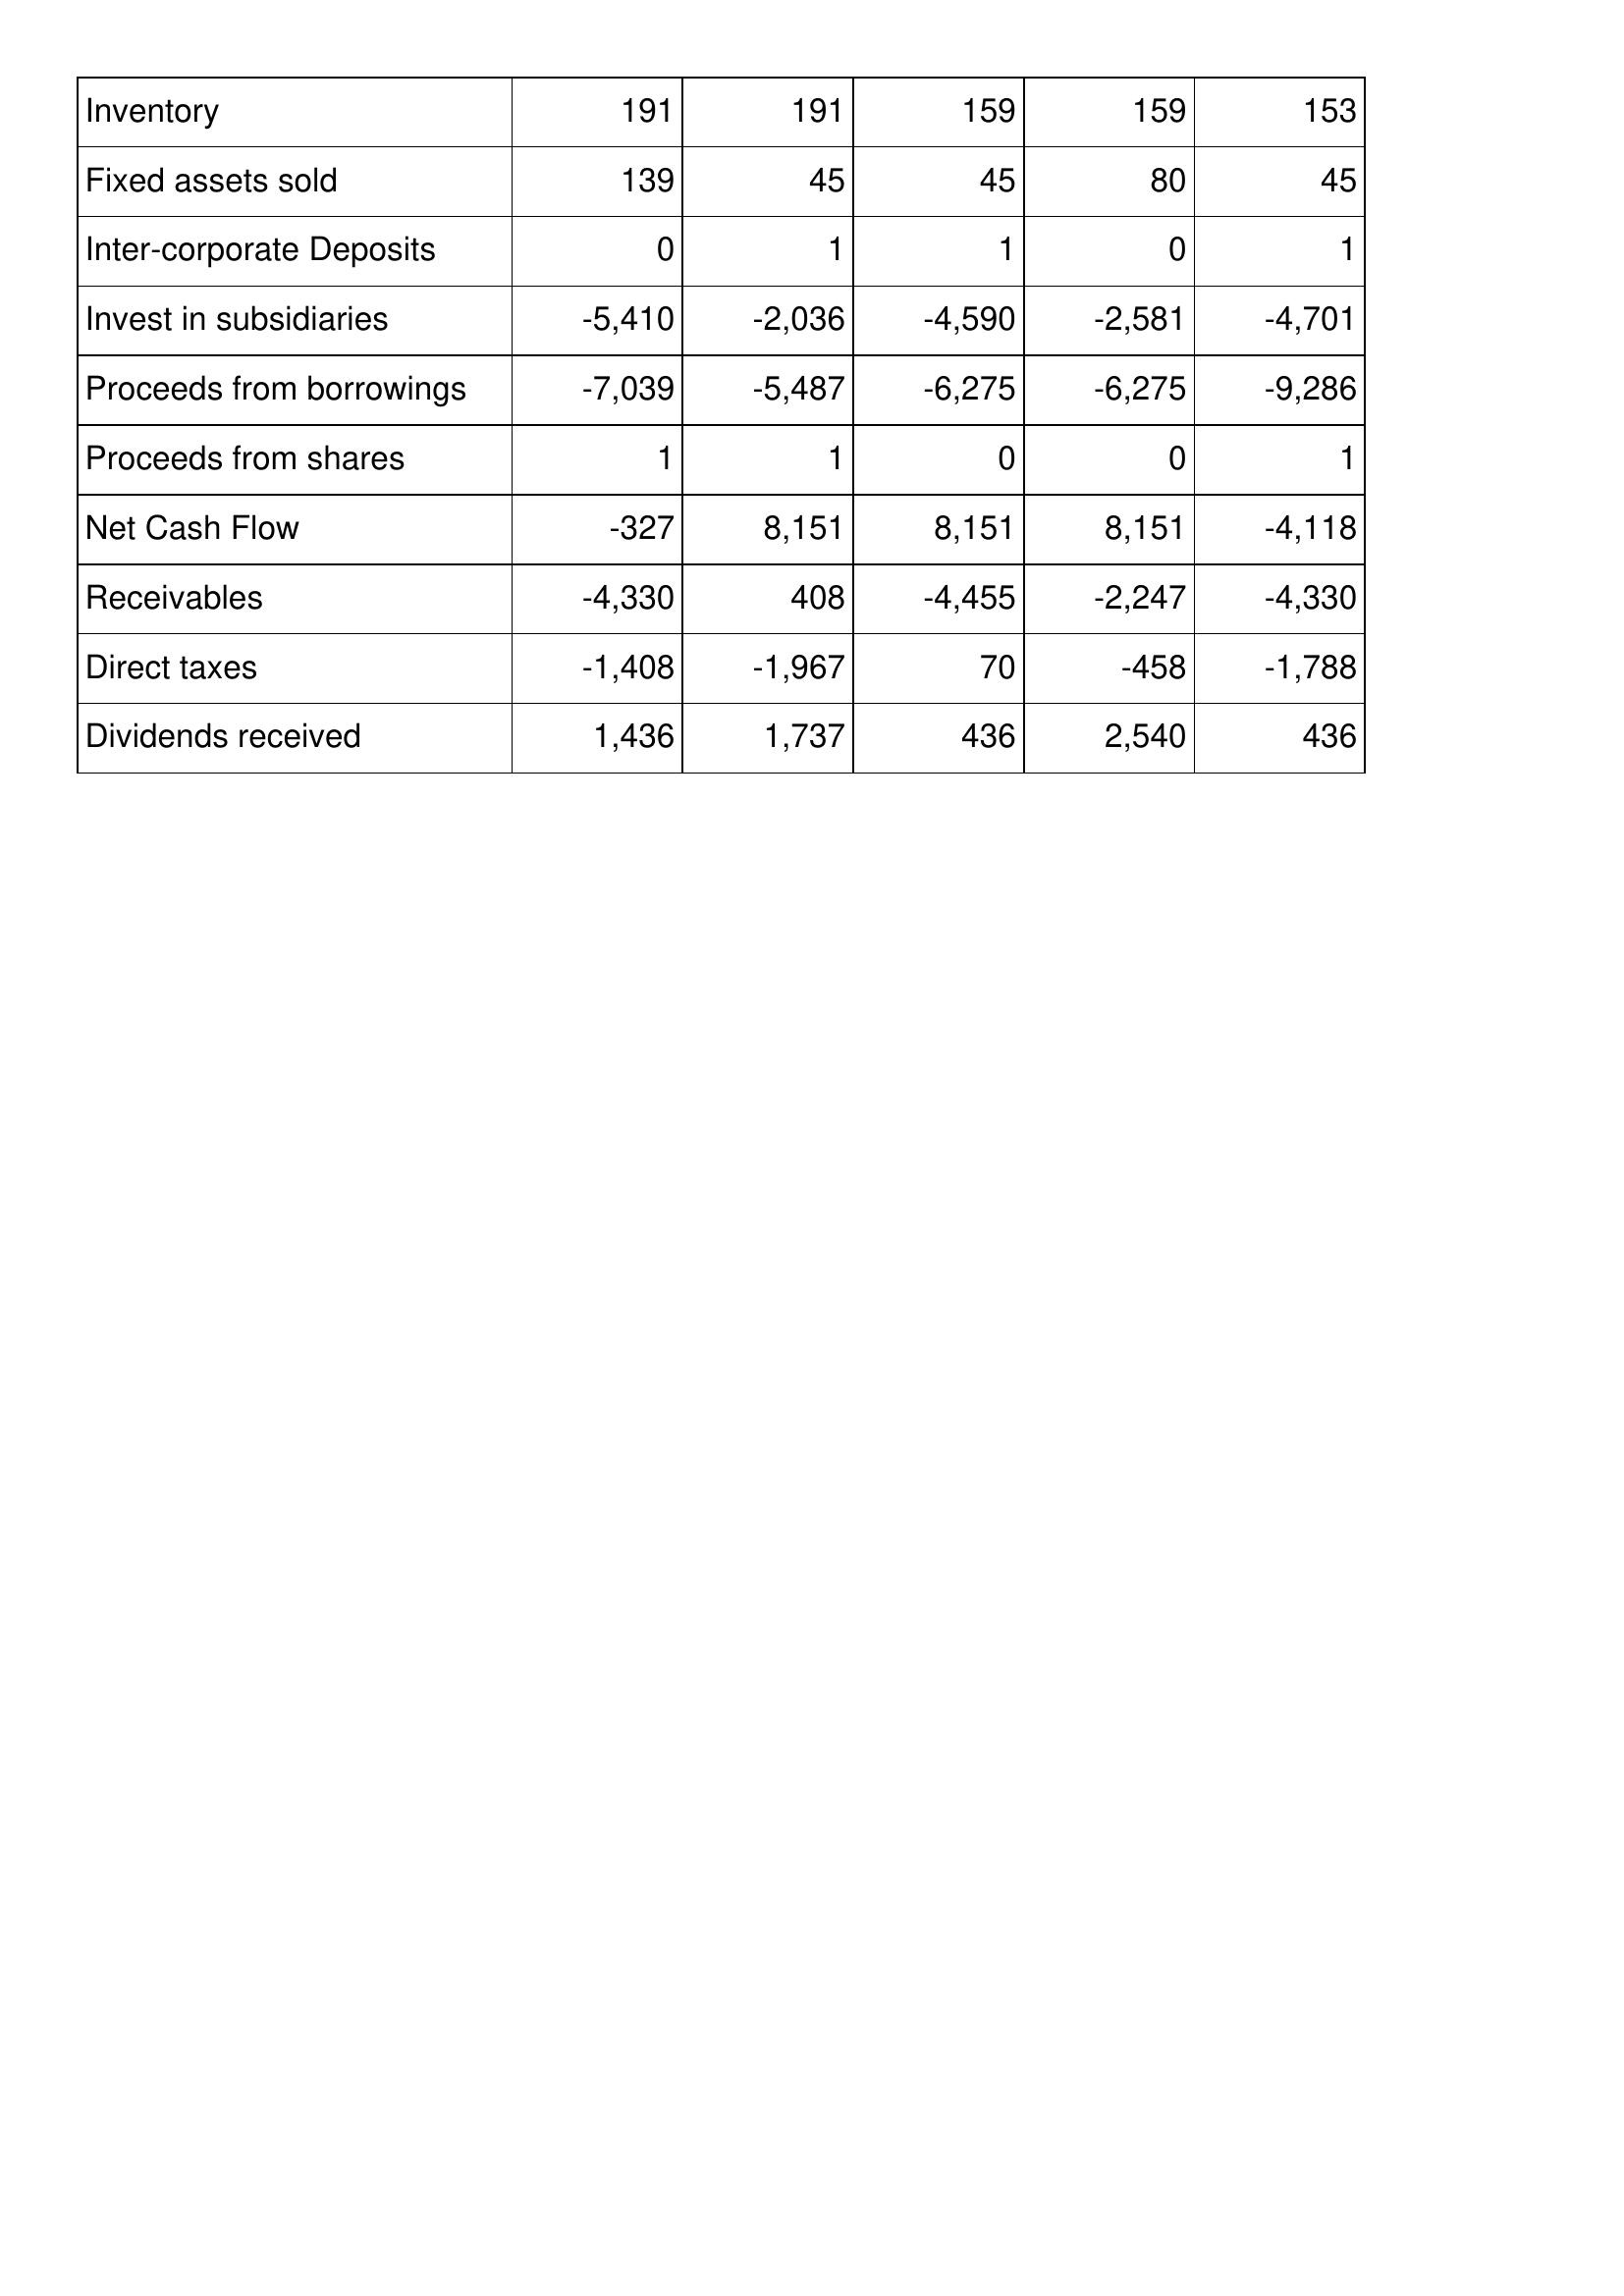
Jan-16: Cash Flows: Inventory: 191
Fixed assets sold: 139
Inter-corporate Deposits: 0
Invest in subsidiaries: -5,410
Proceeds from borrowings: -7,039
Proceeds from shares: 1
Net Cash Flow: -327
Receivables: -4,330
Direct taxes: -1,408
Dividends received: 1,436
Jan-17: Cash Flows: Inventory: 191
Fixed assets sold: 45
Inter-corporate Deposits: 1
Invest in subsidiaries: -2,036
Proceeds from borrowings: -5,487
Proceeds from shares: 1
Net Cash Flow: 8,151
Receivables: 408
Direct taxes: -1,967
Dividends received: 1,737
Jan-18: Cash Flows: Inventory: 159
Fixed assets sold: 45
Inter-corporate Deposits: 1
Invest in subsidiaries: -4,590
Proceeds from borrowings: -6,275
Proceeds from shares: 0
Net Cash Flow: 8,151
Receivables: -4,455
Direct taxes: 70
Dividends received: 436
Jan-19: Cash Flows: Inventory: 159
Fixed assets sold: 80
Inter-corporate Deposits: 0
Invest in subsidiaries: -2,581
Proceeds from borrowings: -6,275
Proceeds from shares: 0
Net Cash Flow: 8,151
Receivables: -2,247
Direct taxes: -458
Dividends received: 2,540
Jan-20: Cash Flows: Inventory: 153
Fixed assets sold: 45
Inter-corporate Deposits: 1
Invest in subsidiaries: -4,701
Proceeds from borrowings: -9,286
Proceeds from shares: 1
Net Cash Flow: -4,118
Receivables: -4,330
Direct taxes: -1,788
Dividends received: 436